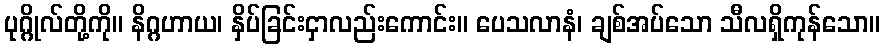
ပုဂ္ဂိုလ်တို့ကို။ နိဂ္ဂဟာယ၊ နှိပ်ခြင်းငှာလည်းကောင်း။ ပေသလာနံ၊ ချစ်အပ်သော သီလရှိကုန်သော။